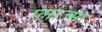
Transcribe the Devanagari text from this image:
प्लाज्म़ा